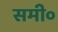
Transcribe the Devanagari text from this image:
समी०